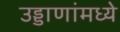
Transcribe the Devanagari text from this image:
उड्डाणांमध्ये